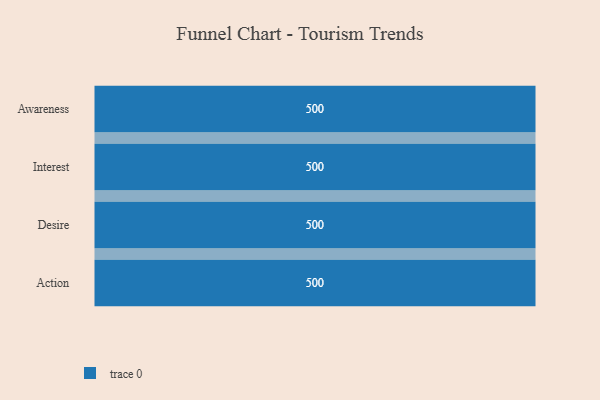
{"axis": {"x": "Stage", "y": "Value"}, "legend": [""], "data": [{"x": "Awareness", "y": 500, "type": ""}, {"x": "Interest", "y": 500, "type": ""}, {"x": "Desire", "y": 500, "type": ""}, {"x": "Action", "y": 500, "type": ""}]}